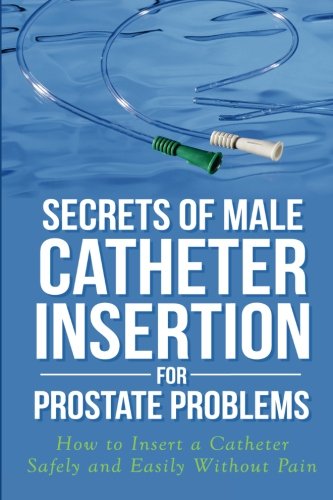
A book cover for Secrets of Male Catheter Insertion for Prostate Problems: How to Insert a Catheter Safely and Easily Without Pain; Ronald M Bazar; Health, Fitness & Dieting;